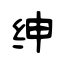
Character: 绅